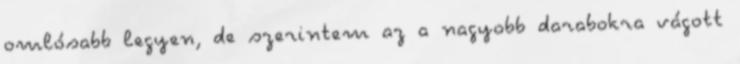
omlósabb legyen, de szerintem az a nagyobb darabokra vágott